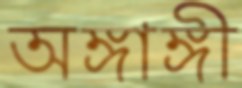
অঙ্গাঙ্গী